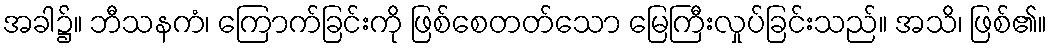
အခါ၌။ ဘီသနကံ၊ ကြောက်ခြင်းကို ဖြစ်စေတတ်သော မြေကြီးလှုပ်ခြင်းသည်။ အသိ၊ ဖြစ်၏။